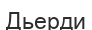
Дьерди